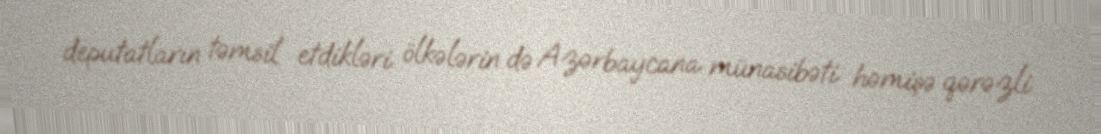
deputatların təmsil etdikləri ölkələrin də Azərbaycana münasibəti həmişə qərəzli